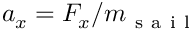
a _ { x } = F _ { x } / m _ { \mathrm { ~ s ~ a ~ i ~ l ~ } }